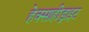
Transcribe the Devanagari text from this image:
हेक्साहीड्राइट